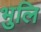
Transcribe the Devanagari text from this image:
भुलि